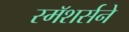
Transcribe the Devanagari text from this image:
स्मॅशर्सने